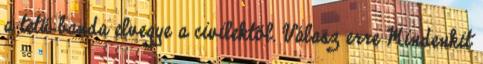
a tetű banda elvegye a civilektől. Válasz erre Mindenkit